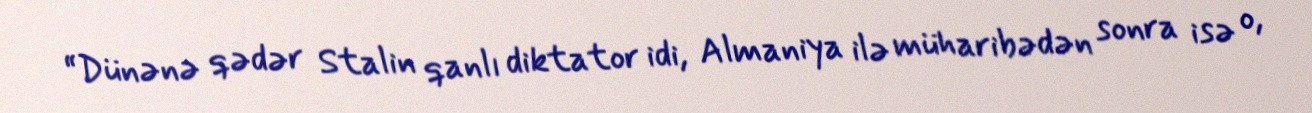
“Dünənə qədər Stalin qanlı diktator idi, Almaniya ilə müharibədən sonra isə o,